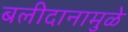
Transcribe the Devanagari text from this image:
बलीदानामुळे